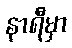
နာရီမှာ